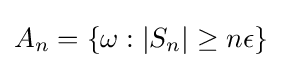
A_{n}=\{\omega :|S_{n}|\geq n\epsilon \}